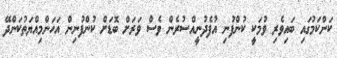
ކަންކަމުގައި ބައިވެރި ވުމަކީ ކުންފުނި އުފެދުނީއްސުރެން ވެސް ވަރަށް ބޮޑަށް ކުންފުނިން އަހަންމިއްޔަތުކަންދޭ